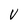
Character: V